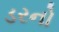
ડરનો